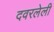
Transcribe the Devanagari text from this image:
दवरलेली